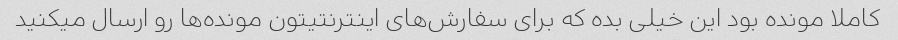
کاملا مونده بود این خیلی بده که برای سفارش‌های اینترنتیتون مونده‌ها رو ارسال میکنید